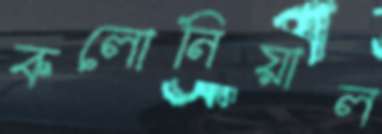
কলোনিয়াল